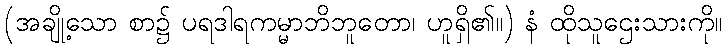
(အချို့သော စာ၌ ပရဒါရကမ္မာဘိဘူတော၊ ဟူရှိ၏။) နံ ထိုသူဌေးသားကို။